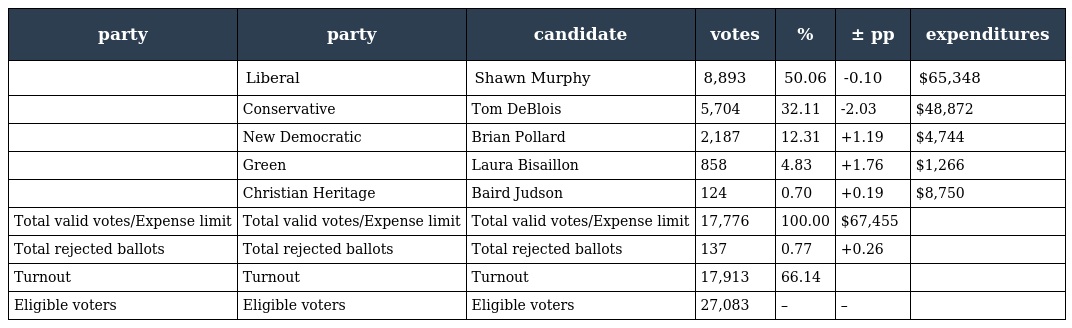
| party | party | candidate | votes | % | ± pp | expenditures |
 | --- | --- | --- | --- | --- | --- | --- |
 |  | Liberal | Shawn Murphy | 8,893 | 50.06 | -0.10 | $65,348 |
 |  | Conservative | Tom DeBlois | 5,704 | 32.11 | -2.03 | $48,872 |
 |  | New Democratic | Brian Pollard | 2,187 | 12.31 | +1.19 | $4,744 |
 |  | Green | Laura Bisaillon | 858 | 4.83 | +1.76 | $1,266 |
 |  | Christian Heritage | Baird Judson | 124 | 0.70 | +0.19 | $8,750 |
 | Total valid votes/Expense limit | Total valid votes/Expense limit | Total valid votes/Expense limit | 17,776 | 100.00 | $67,455 |  |
 | Total rejected ballots | Total rejected ballots | Total rejected ballots | 137 | 0.77 | +0.26 |  |
 | Turnout | Turnout | Turnout | 17,913 | 66.14 |  |  |
 | Eligible voters | Eligible voters | Eligible voters | 27,083 | – | – |  |